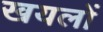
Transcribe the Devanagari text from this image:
खयलों